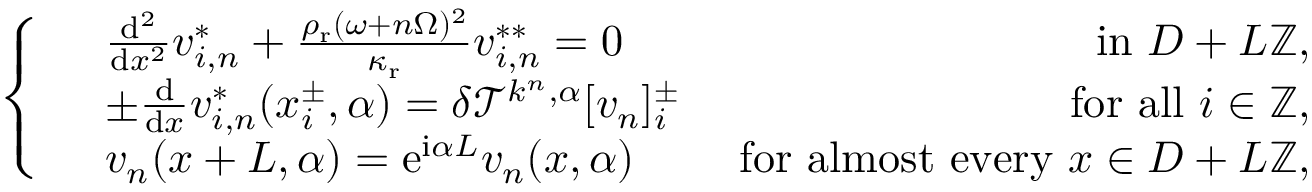
\left\{ \begin{array} { r l r } & { \frac { \mathrm { d } ^ { 2 } } { \mathrm { d } x ^ { 2 } } v _ { i , n } ^ { * } + \frac { \rho _ { \mathrm { r } } ( \omega + n \Omega ) ^ { 2 } } { \kappa _ { \mathrm { r } } } v _ { i , n } ^ { * * } = 0 } & { \mathrm { ~ i n ~ } D + L \mathbb { Z } , } \\ & { \pm \frac { \mathrm { d } } { \mathrm { d } x } v _ { i , n } ^ { * } ( x _ { i } ^ { \pm } , \alpha ) = \delta \mathcal { T } ^ { k ^ { n } , \alpha } [ v _ { n } ] _ { i } ^ { \pm } } & { \mathrm { ~ f o r ~ a l l ~ } i \in \mathbb { Z } , } \\ & { v _ { n } ( x + L , \alpha ) = \mathrm { e } ^ { \mathrm { i } \alpha L } v _ { n } ( x , \alpha ) } & { \mathrm { ~ f o r ~ a l m o s t ~ e v e r y ~ } x \in D + L \mathbb { Z } , } \end{array} \right.